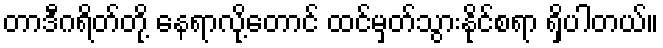
တာဒီဂရိတ်တို့ နေရာလို့တောင် ထင်မှတ်သွားနိုင်စရာ ရှိပါတယ်။